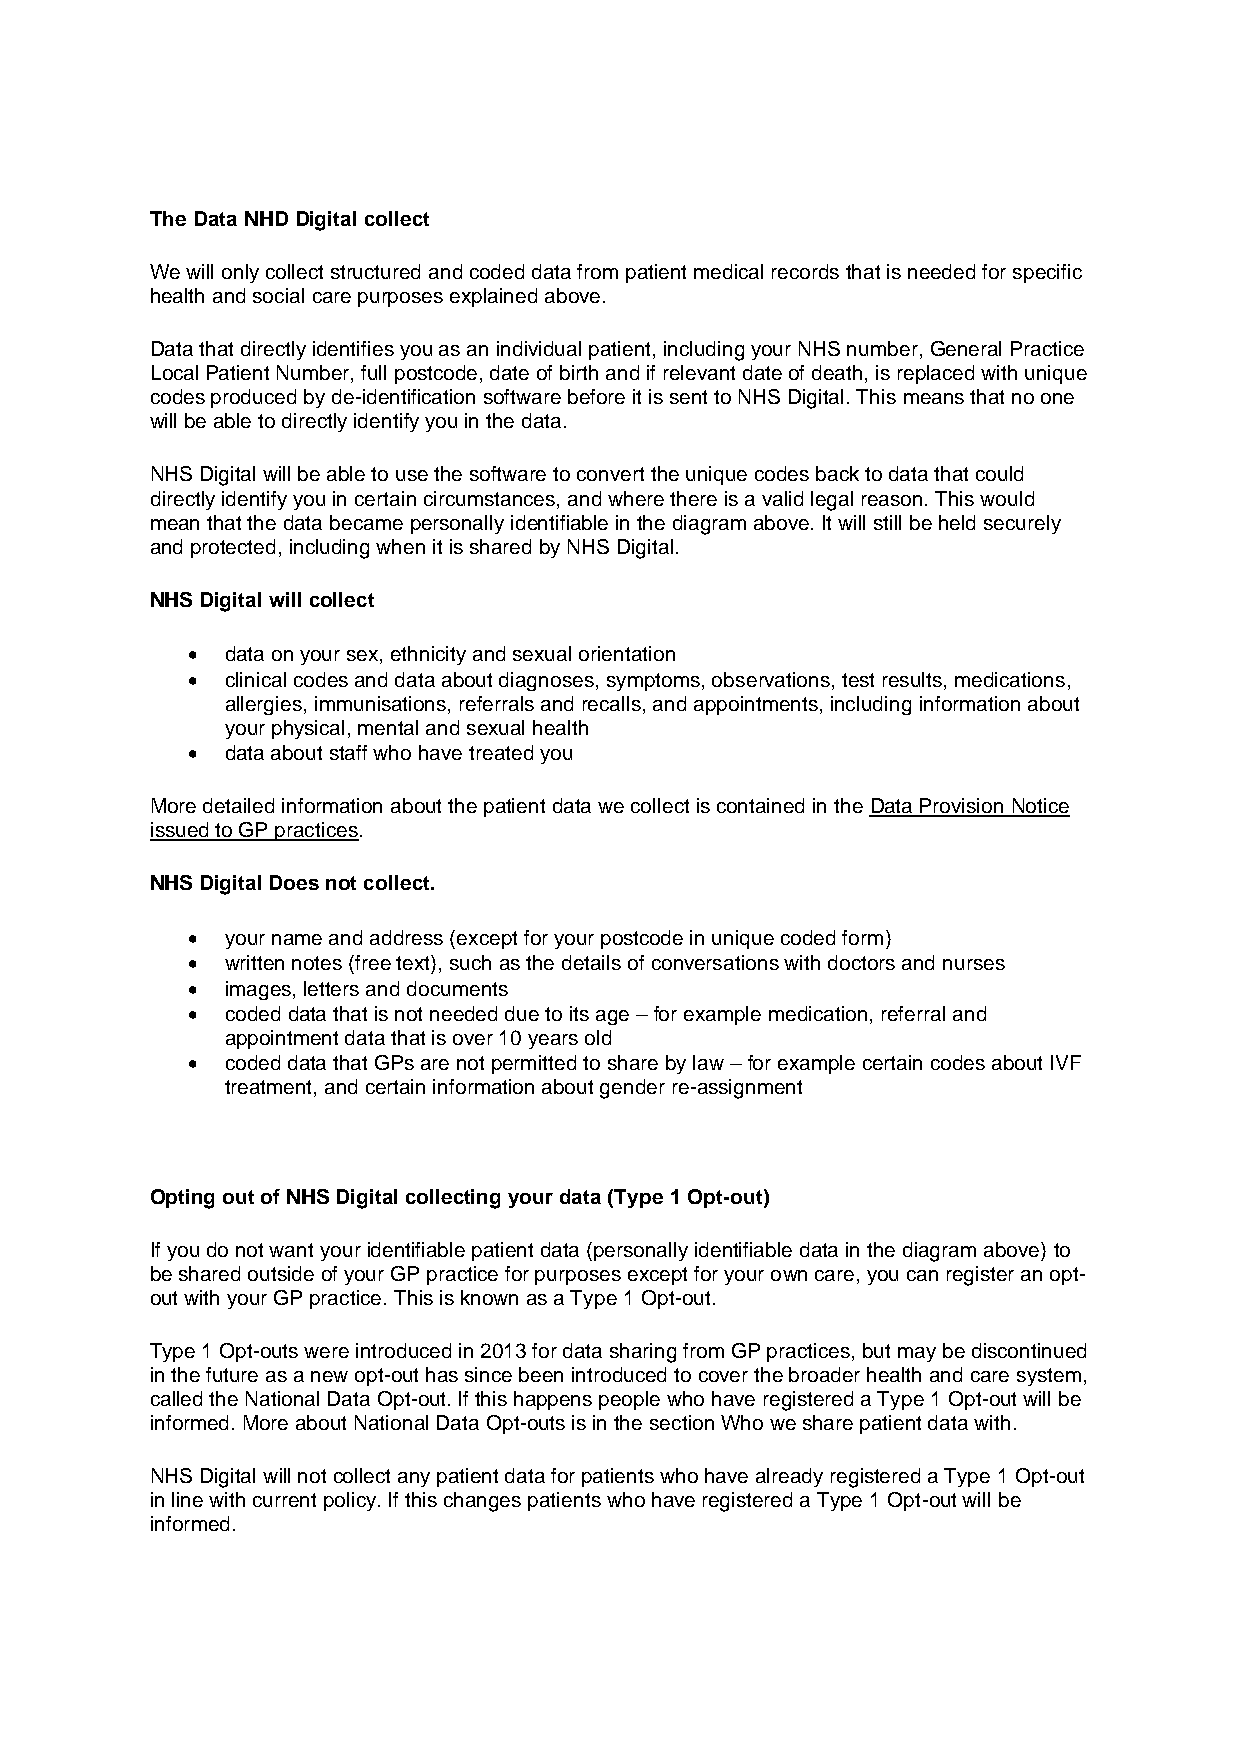
The Data NHD Digital collect
 We will only collect structured and coded data from patient medical records that is needed for specific
 health and social care purposes explained above.
 Data that directly identifies you as an individual patient, including your NHS number, General Practice
 Local Patient Number, full postcode, date of birth and if relevant date of death, is replaced with unique
 codes produced by de-identification software before it is sent to NHS Digital. This means that no one
 will be able to directly identify you in the data.
 NHS Digital will be able to use the software to convert the unique codes back to data that could
 directly identify you in certain circumstances, and where there is a valid legal reason. This would
 mean that the data became personally identifiable in the diagram above. It will still be held securely
 and protected, including when it is shared by NHS Digital.
 NHS Digital will collect
 •  data on your sex, ethnicity and sexual orientation
 •  clinical codes and data about diagnoses, symptoms, observations, test results, medications,
 allergies, immunisations, referrals and recalls, and appointments, including information about
 your physical, mental and sexual health
 •  data about staff who have treated you
 More detailed information about the patient data we collect is contained in the Data Provision Notice
 issued to GP practices.
 NHS Digital Does not collect.
 •  your name and address (except for your postcode in unique coded form)
 •  written notes (free text), such as the details of conversations with doctors and nurses
 •  images, letters and documents
 •  coded data that is not needed due to its age – for example medication, referral and
 appointment data that is over 10 years old
 •  coded data that GPs are not permitted to share by law – for example certain codes about IVF
 treatment, and certain information about gender re-assignment
 Opting out of NHS Digital collecting your data (Type 1 Opt-out)
 If you do not want your identifiable patient data (personally identifiable data in the diagram above) to
 be shared outside of your GP practice for purposes except for your own care, you can register an opt-
 out with your GP practice. This is known as a Type 1 Opt-out.
 Type 1 Opt-outs were introduced in 2013 for data sharing from GP practices, but may be discontinued
 in the future as a new opt-out has since been introduced to cover the broader health and care system,
 called the National Data Opt-out. If this happens people who have registered a Type 1 Opt-out will be
 informed. More about National Data Opt-outs is in the section Who we share patient data with.
 NHS Digital will not collect any patient data for patients who have already registered a Type 1 Opt-out
 in line with current policy. If this changes patients who have registered a Type 1 Opt-out will be
 informed.